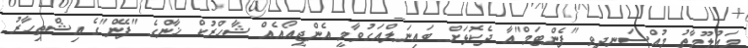
މައުލޫމާތު މުއްސަނދިވި "ފެންޓަމް"އާ ދެކޮޅަށް ބައިނަލްއަގުވާމީ އެންޖީއޯއެއް ޝާހްރުކް ޚާންގެ "ފޭން"ގެ އިޝްތިހާރު